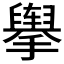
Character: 𰔶